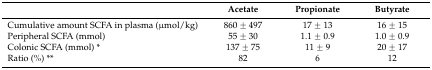
<table><thead><tr><td></td><td><b>Acetate</b></td><td><b>Propionate</b></td><td><b>Butyrate</b></td></tr></thead><tbody><tr><td>Cumulative amount SCFA in plasma (μmol/kg)</td><td>860 ± 497</td><td>17 ± 13</td><td>16 ± 15</td></tr><tr><td>Peripheral SCFA (mmol)</td><td>55 ± 30</td><td>1.1 ± 0.9</td><td>1.0 ± 0.9</td></tr><tr><td>Colonic SCFA (mmol) *</td><td>137 ± 75</td><td>11 ± 9</td><td>20 ± 17</td></tr><tr><td>Ratio (%) **</td><td>82</td><td>6</td><td>12</td></tr></tbody></table>